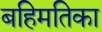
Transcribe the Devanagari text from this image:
बहिमतिका